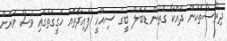
ދިރާސާތަކުން ދައްކާ ގޮތުން ޑަބަލް ބީގެ ސިއްހީ ފައިދާތައް ހަގީގަތުގައި ވެސް ވަރަށް